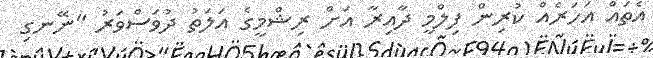
އެތައް އަހަރެއް ކުރިން ފިލްމީ ދާއިރާ އަށް ރިޝްމީގެ އަލަތު ދުވަސްވަރު "ނޭނގި